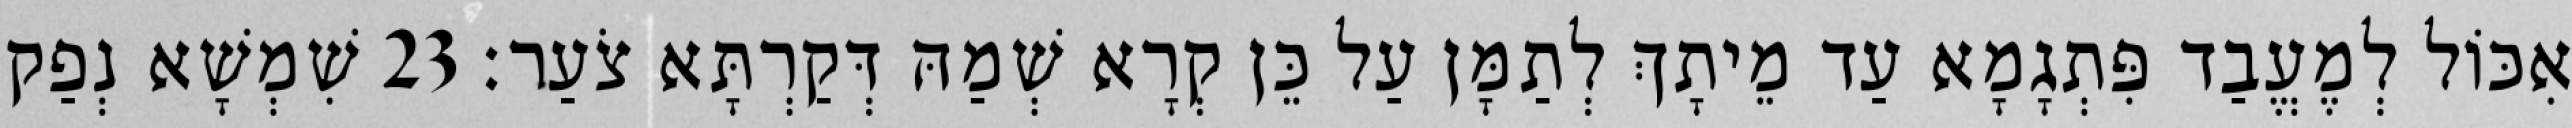
אִכּוֹל לְמֶעֱבַד פִּתְגָמָא עַד מֵיתָךְ לְתַמָּן עַל כֵּן קְרָא שְׁמַהּ דְּקַרְתָּא צֹעַר׃ 23 שִׁמְשָׁא נְפַק